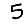
Digit: 5